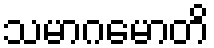
သမာဂမောတိ